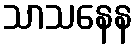
သာသနေန